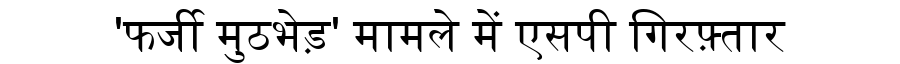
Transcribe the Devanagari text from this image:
'फर्जी मुठभेड़' मामले में एसपी गिरफ़्तार